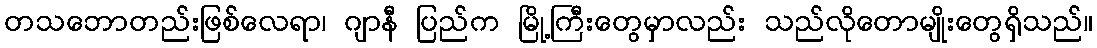
တသဘောတည်းဖြစ်လေရာ၊ ဂျာနီ ပြည်က မြို့ကြီးတွေမှာလည်း သည်လိုတောမျိုးတွေရှိသည်။